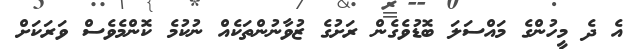
އެ ދެ މީހުންގެ މައްސަލަ ބޮޑުވެގެން ރަށުގެ ޒުވާނުންތަކެއް ނުކުމެ ކޮންމެވެސް ވަރަކަށް